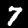
Label: 7